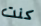
كنت